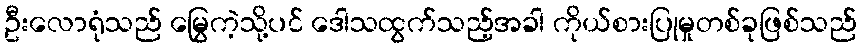
ဦးလောရုံသည် မြွေကဲ့သို့ပင် ဒေါသထွက်သည့်အခါ ကိုယ်စားပြုမှုတစ်ခုဖြစ်သည်